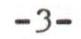
-3-